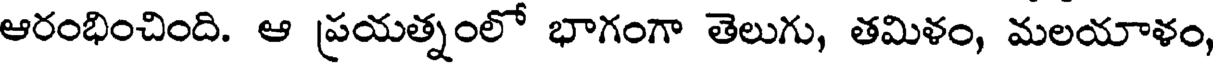
ఆరంభించింది. ఆ ప్రయత్నంలో భాగంగా తెలుగు, తమిళం, మలయాళం,